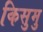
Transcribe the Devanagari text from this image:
किसुमु